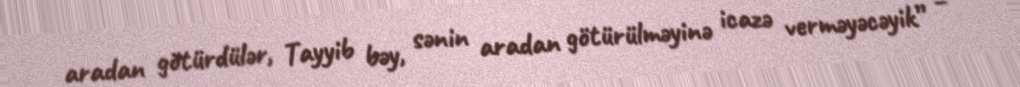
aradan götürdülər, Tayyib bəy, sənin aradan götürülməyinə icazə verməyəcəyik” –